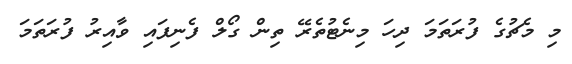
މި މެޗުގެ ފުރަތަމަ ދިހަ މިނެޓުތެރޭ ތިން ގޯލް ފެނިފައި ވާއިރު ފުރަތަމަ